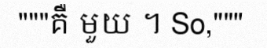
"""គឺ មួយ ។ So,"""